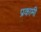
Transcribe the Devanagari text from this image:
प्रकामी